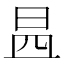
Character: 𣌬